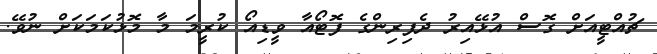
ޗުއްޓީއަށް ގޮސް އުޅޭއިރު ދެފިރިންގެ ފޮޓޯއާ ވީޑިއޯ ކުރީމަ މާ މޮޅުކަމަކަށް ނުވޭ.